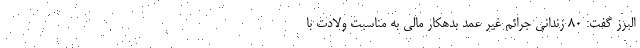
البرز گفت: ۸۰ زندانی جرائم غیر عمد بدهکار مالی به مناسبت ولادت با